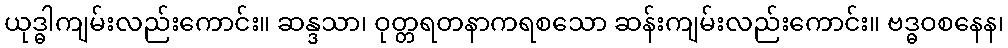
ယုဒ္ဓါကျမ်းလည်းကောင်း။ ဆန္ဒသာ၊ ဝုတ္တရတနာကရစသော ဆန်းကျမ်းလည်းကောင်း။ ဗဒ္ဓဝစနေန၊